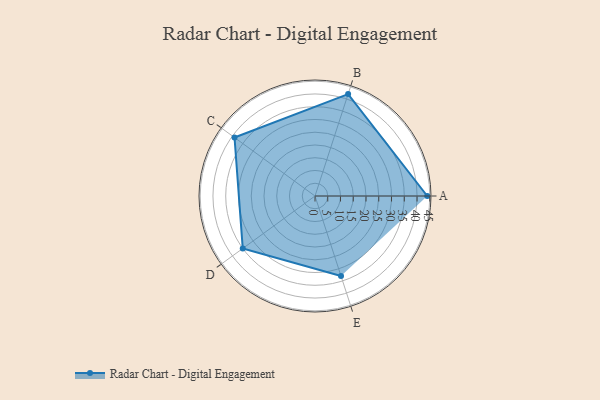
{"axis": {"x": "Skill", "y": "Score"}, "legend": ["Profile"], "data": [{"x": "A", "y": 44.0, "type": "Profile"}, {"x": "B", "y": 42.0, "type": "Profile"}, {"x": "C", "y": 39.0, "type": "Profile"}, {"x": "D", "y": 35.0, "type": "Profile"}, {"x": "E", "y": 33.0, "type": "Profile"}]}